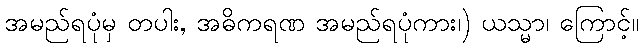
အမည်ရပုံမှ တပါး, အဓိကရဏ အမည်ရပုံကား၊) ယသ္မာ၊ ကြောင့်။